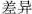
差异